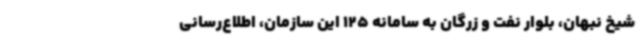
شیخ نبهان، بلوار نفت و زرگان به سامانه 125 این سازمان، اطلاع‌رسانی